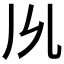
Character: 𠃕